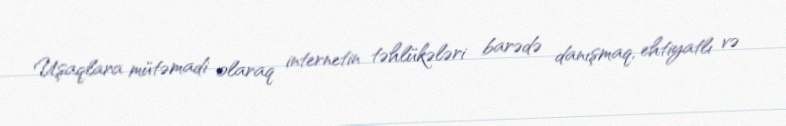
Uşaqlara mütəmadi olaraq internetin təhlükələri barədə danışmaq, ehtiyatlı və